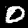
Digit: 0